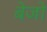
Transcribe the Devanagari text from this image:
बेजो